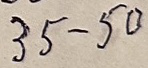
35 - 50